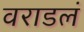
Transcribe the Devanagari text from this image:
वराडलं